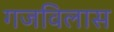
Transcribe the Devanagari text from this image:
गजविलास